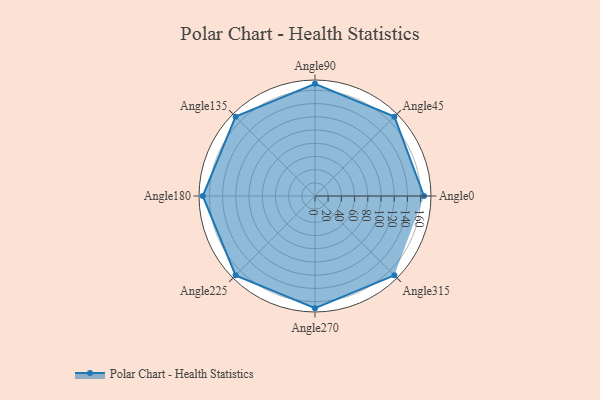
{"axis": {"x": "Angle", "y": "Radius"}, "legend": [""], "data": [{"x": "Angle0", "y": 165.0, "type": ""}, {"x": "Angle45", "y": 170, "type": ""}, {"x": "Angle90", "y": 170, "type": ""}, {"x": "Angle135", "y": 170, "type": ""}, {"x": "Angle180", "y": 170, "type": ""}, {"x": "Angle225", "y": 170, "type": ""}, {"x": "Angle270", "y": 170, "type": ""}, {"x": "Angle315", "y": 170, "type": ""}]}